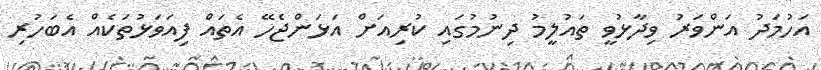
އަހުމަދު އަންވަރު ވިދާޅުވީ ތައުލީމު ދިނުމުގައި ކުރިއަށް އަޅަންޖެހޭ އެތައް ފިއަވަޅުތަކެއް އެބަހުރި